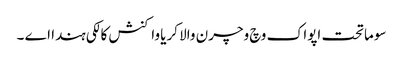
سوماتحت اپواک وچ وچرن والا کریا واکنش کالکی ہندا اے ۔